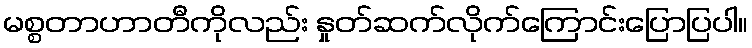
မစ္စတာဟာတီကိုလည်း နှုတ်ဆက်လိုက်ကြောင်းပြောပြပါ။